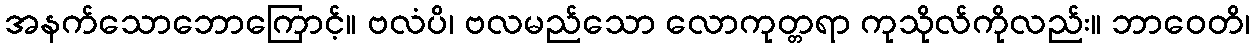
အနက်သောဘောကြောင့်။ ဗလံပိ၊ ဗလမည်သော လောကုတ္တရာ ကုသိုလ်ကိုလည်း။ ဘာဝေတိ၊